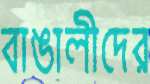
বাঙালীদের